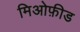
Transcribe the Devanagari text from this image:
मिओफ़ीड